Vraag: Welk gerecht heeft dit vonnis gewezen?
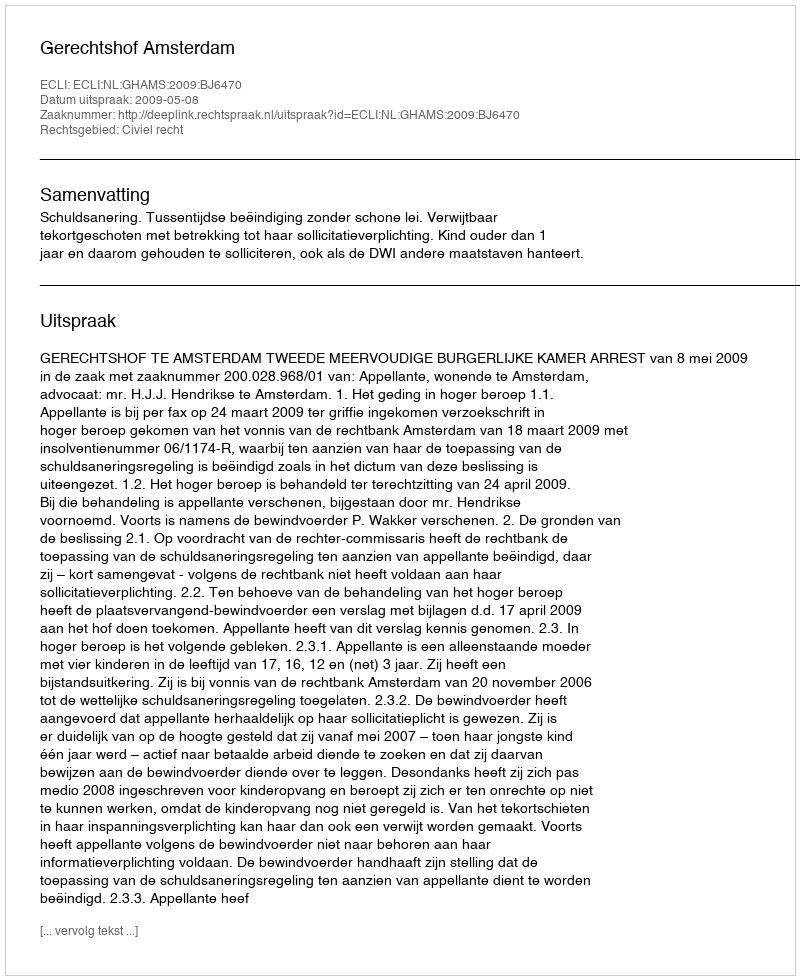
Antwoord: Gerechtshof Amsterdam